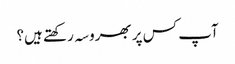
آپ کس پر بھروسہ رکھتے ہیں؟